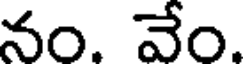
నం. వేం.